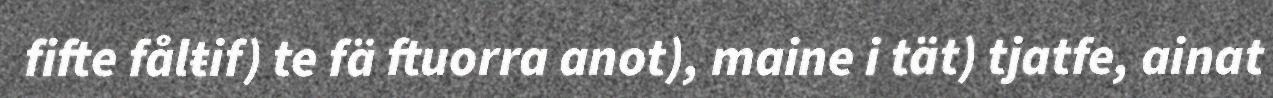
fifte fålŧif) te fä ftuorra anot), maine i tät) tjatfe, ainat